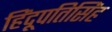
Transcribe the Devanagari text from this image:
हिंदूपतिसिंह